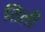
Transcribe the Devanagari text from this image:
तिती